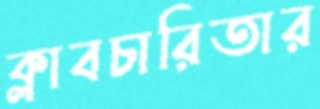
ক্লাবচারিতার